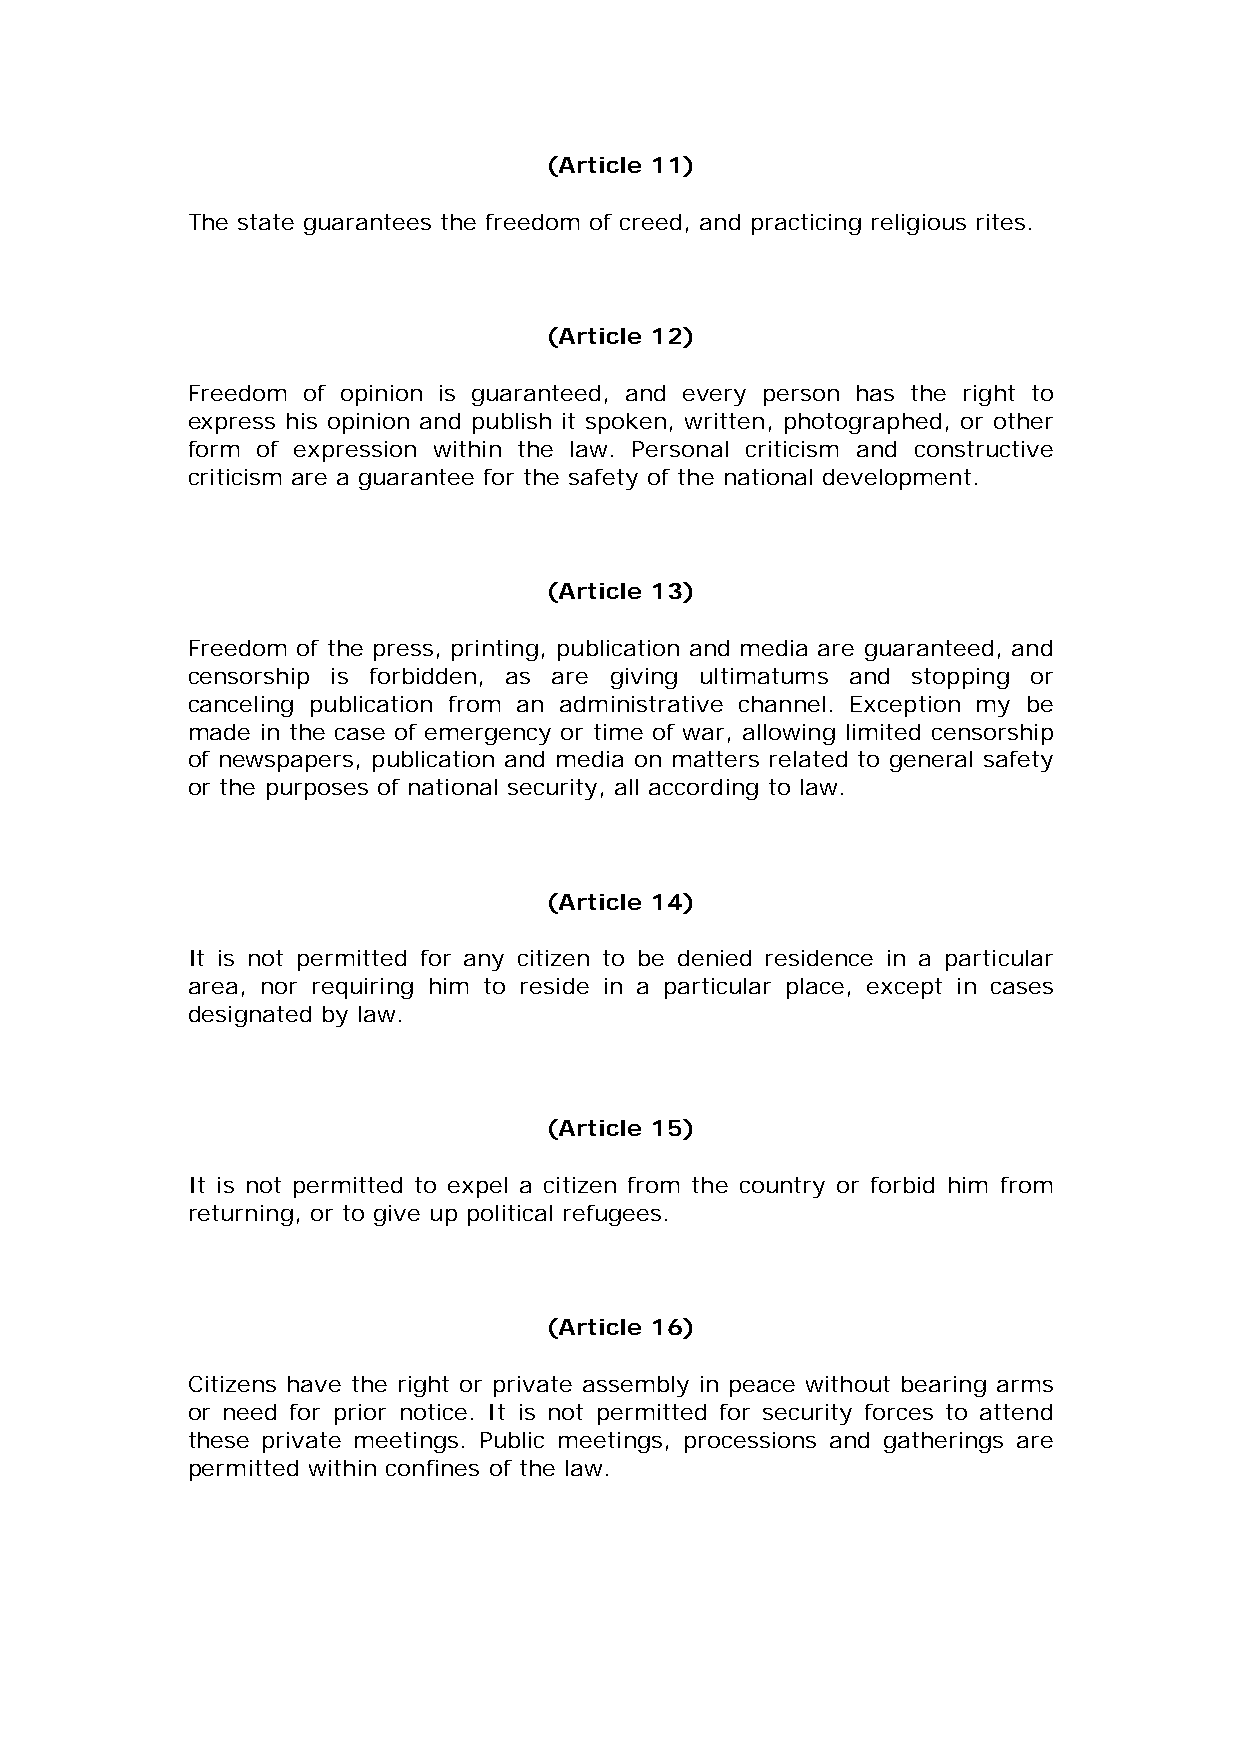
(Article 11)
 The state guarantees the freedom of creed, and practicing religious rites.
 (Article 12)
 Freedom of opinion is guaranteed, and every person has the right to
 express his opinion and publish it spoken, written, photographed, or other
 form of expression within the law. Personal criticism and constructive
 criticism are a guarantee for the safety of the national development.
 (Article 13)
 Freedom of the press, printing, publication and media are guaranteed, and
 censorship is forbidden, as are giving ultimatums and stopping or
 canceling publication from an administrative channel. Exception my be
 made in the case of emergency or time of war, allowing limited censorship
 of newspapers, publication and media on matters related to general safety
 or the purposes of national security, all according to law.
 (Article 14)
 It is not permitted for any citizen to be denied residence in a particular
 area, nor requiring him to reside in a particular place, except in cases
 designated by law.
 (Article 15)
 It is not permitted to expel a citizen from the country or forbid him from
 returning, or to give up political refugees.
 (Article 16)
 Citizens have the right or private assembly in peace without bearing arms
 or need for prior notice. It is not permitted for security forces to attend
 these private meetings. Public meetings, processions and gatherings are
 permitted within confines of the law.